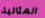
المثالية